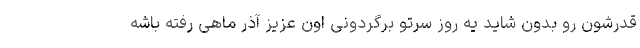
قدرشون رو بدون شاید یه روز سرتو برگردونی اون عزیز آذر ماهی رفته باشه